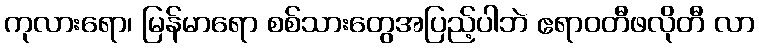
ကုလားရော၊ မြန်မာရော စစ်သားတွေအပြည့်ပါဘဲ ဧရာဝတီဖလိုတီ လာ